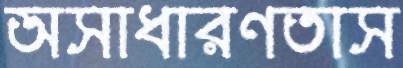
অসাধারণতাস